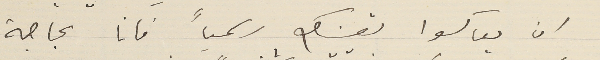
ان يعاكسوا تعيينك رسمياً فانا بحاجة